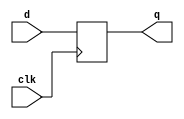
`timescale 1ns / 1ps
//////////////////////////////////////////////////////////////////////////////////
// Company: 
// 
// Design Name: 
// Module Name: d_flip_flop
// Project Name: 
// Target Devices: 
// Tool Versions: 
// Description: 
// 
// Dependencies: 
// 
// Revision:
// Revision 0.01 - File Created
// Additional Comments:
// 
 //"output reg x;" is declared in a module. 
// if you use "always @(a or b) x = a & b;" it will be combinational. If you use "always @(posedge clk) x <= a&b;" 
//then it will implement a flipflop.

//////////////////////////////////////////////////////////////////////////////////


module d_flip_flop(input clk,
                   input d,
                   output reg q
                   );
                   
         always @(posedge clk) begin
            q = d;
         end
         
endmodule